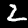
Label: 2